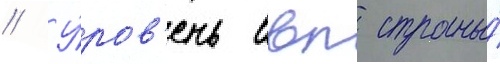
// У́ров'ень ввп страны́